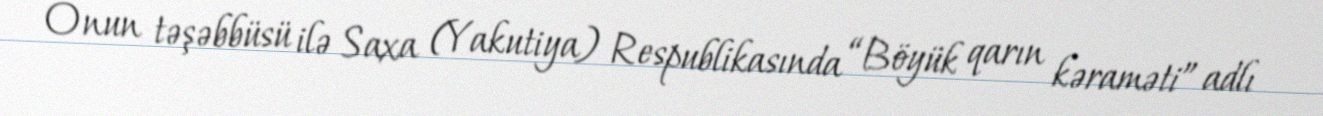
Onun təşəbbüsü ilə Saxa (Yakutiya) Respublikasında “Böyük qarın kəraməti” adlı